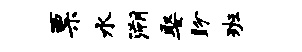
票水溯娶盼班